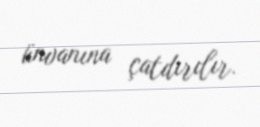
ünvanına çatdırılır.